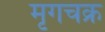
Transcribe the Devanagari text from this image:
मृगचक्र